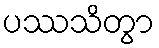
ပဿသိတွာ